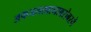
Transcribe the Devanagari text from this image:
अफजलखानाबरोबरचे